Annual report on the Civil Veterinary Department, Burma (including the Insein Veterinary School) - 1923-1931
Year: 1923
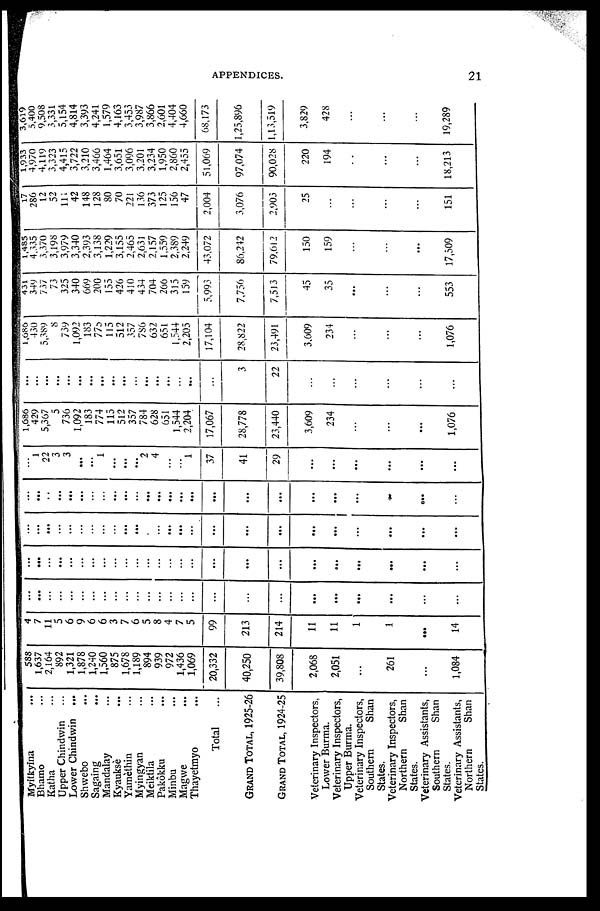
APPENDICES.
21
Myitkyina ...
Bhamo ...
Katha ...
Upper Chindwin ...
Lower Chindwin
...
Shwebo
...
Sagaing
...
Mandalay ...
Kyauksè
...
Yamèthin ...
Mvingvan ...
Meiktila ...
Pakôkku
...
Minbu
...
Magwe
...
Thayetmyo ...
Total ...
GRAND TOTAL, 1925-26
GRAND TOTAL, 1924-25
Veterinary Inspectors,
Lower Burma.
Veterinary Inspectors,
Upper Burma.
Veterinary Inspectors,
Southern
Shan
States.
Veterinary Inspectors,
Northern
Shan
States.
Veterinary Assistants,
Southern Shan
States.
Veterinary Assistants,
Northern
Shan
States.
588
1,637
2,164
892
1,321
1,878
1,240
1,560
875
1,678
1,189
894
939
972
1,436
1,069
20,332
40,250
39,808
2,068
2,051
...
261
...
1,084
4
7
11
5
6
9
6
6
3
7
6
5
8
4
7
5
99
213
214
11
11
1
1
...
14
...
...
...
...
...
...
...
...
...
...
...
...
...
...
...
...
...
...
...
...
...
...
...
...
...
...
...
...
...
...
...
...
...
...
...
...
...
...
...
...
...
...
...
...
...
...
...
...
...
...
...
...
...
...
...
...
...
...
...
...
...
...
...
...
...
...
...
...
...
...
...
...
...
...
...
...
...
...
...
...
...
...
...
...
...
...
...
...
...
...
...
...
...
...
...
...
...
...
1
22
3
3
...
...
1
...
...
...
2
4
...
...
1
37
41
29
...
...
...
...
...
...
1,686
429
5,367
5
736
1,092
183
774
115
512
357
784
628
651
1,544
2,204
17,067
28,778
23,440
3,609
234
...
...
...
1,076
...
...
...
...
...
...
...
...
...
...
...
...
...
...
...
...
...
3
22
...
...
...
...
...
...
1,686
430
5,389
8
739
1,092
183
775
115
512
357
786
632
651
1,544
2,205
17,104
28,822
23,491
3,609
234
...
...
...
1,076
431
349
737
73
325
340
669
200
155
426
410
434
704
266
315
159
5,993
7,756
7,513
45
35
...
...
...
553
1,485
4,335
3,370
3,198
3,979
3,340
2,393
3,138
1,229
3,155
2,465
2,631
2,157
1,559
2,389
2,249
43,072
86,242
79,612
150
159
...
...
...
17,509
17
286
12
52
111
42
148
128
80
70
221
136
373
125
156
47
2,004
3,076
2,903
25
...
...
...
...
151
1,933
4,970
4,119
3,323
4,415
3,722
3,210
3,466
1,464
3,651
3,096
3,201
3,234
1,950
2,860
2,455
51,069
97,074
90,028
220
194
...
...
...
18,213
3,619
5,400
9,508
3,331
5,154
4,814
3,393
4,241
1,579
4,163
3,453
3,987
3,866
2,601
4,404
4,660
68,173
1,25,896
1,13,519
3,829
428
...
...
...
19,289